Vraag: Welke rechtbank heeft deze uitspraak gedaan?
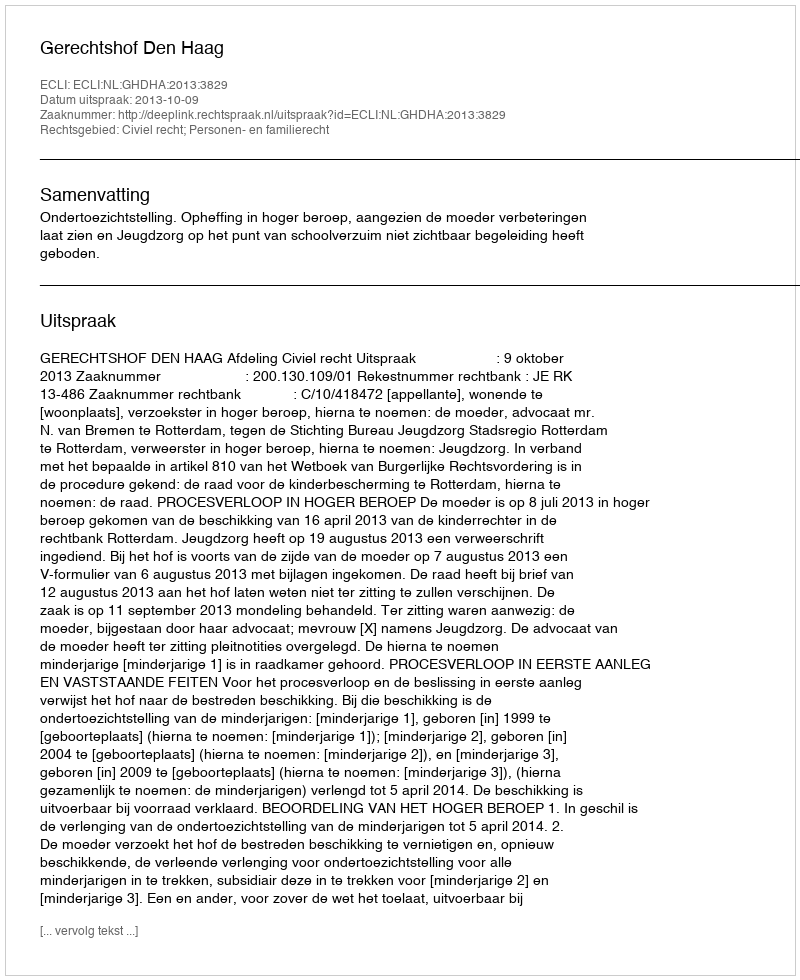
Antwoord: Gerechtshof Den Haag